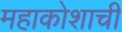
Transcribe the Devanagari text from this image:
महाकोशाची